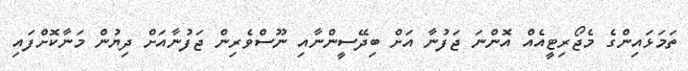
ތަމަޅައިންގެ މެޖޯރިޓީއެއް އޮންނަ ޖަފުނާ އަށް ބިދޭސީންނާއި ނޫސްވެރިން ޖަފުނާއަަށް ދިޔުން މަނާކޮށްފައި